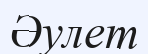
Әулет